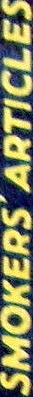
SMOKERS' ARTICLES